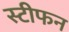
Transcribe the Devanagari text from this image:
स्टीफन